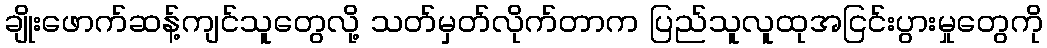
ချိုးဖောက်ဆန့်ကျင်သူတွေလို့ သတ်မှတ်လိုက်တာက ပြည်သူလူထုအငြင်းပွားမှုတွေကို